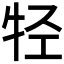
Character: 𰠲